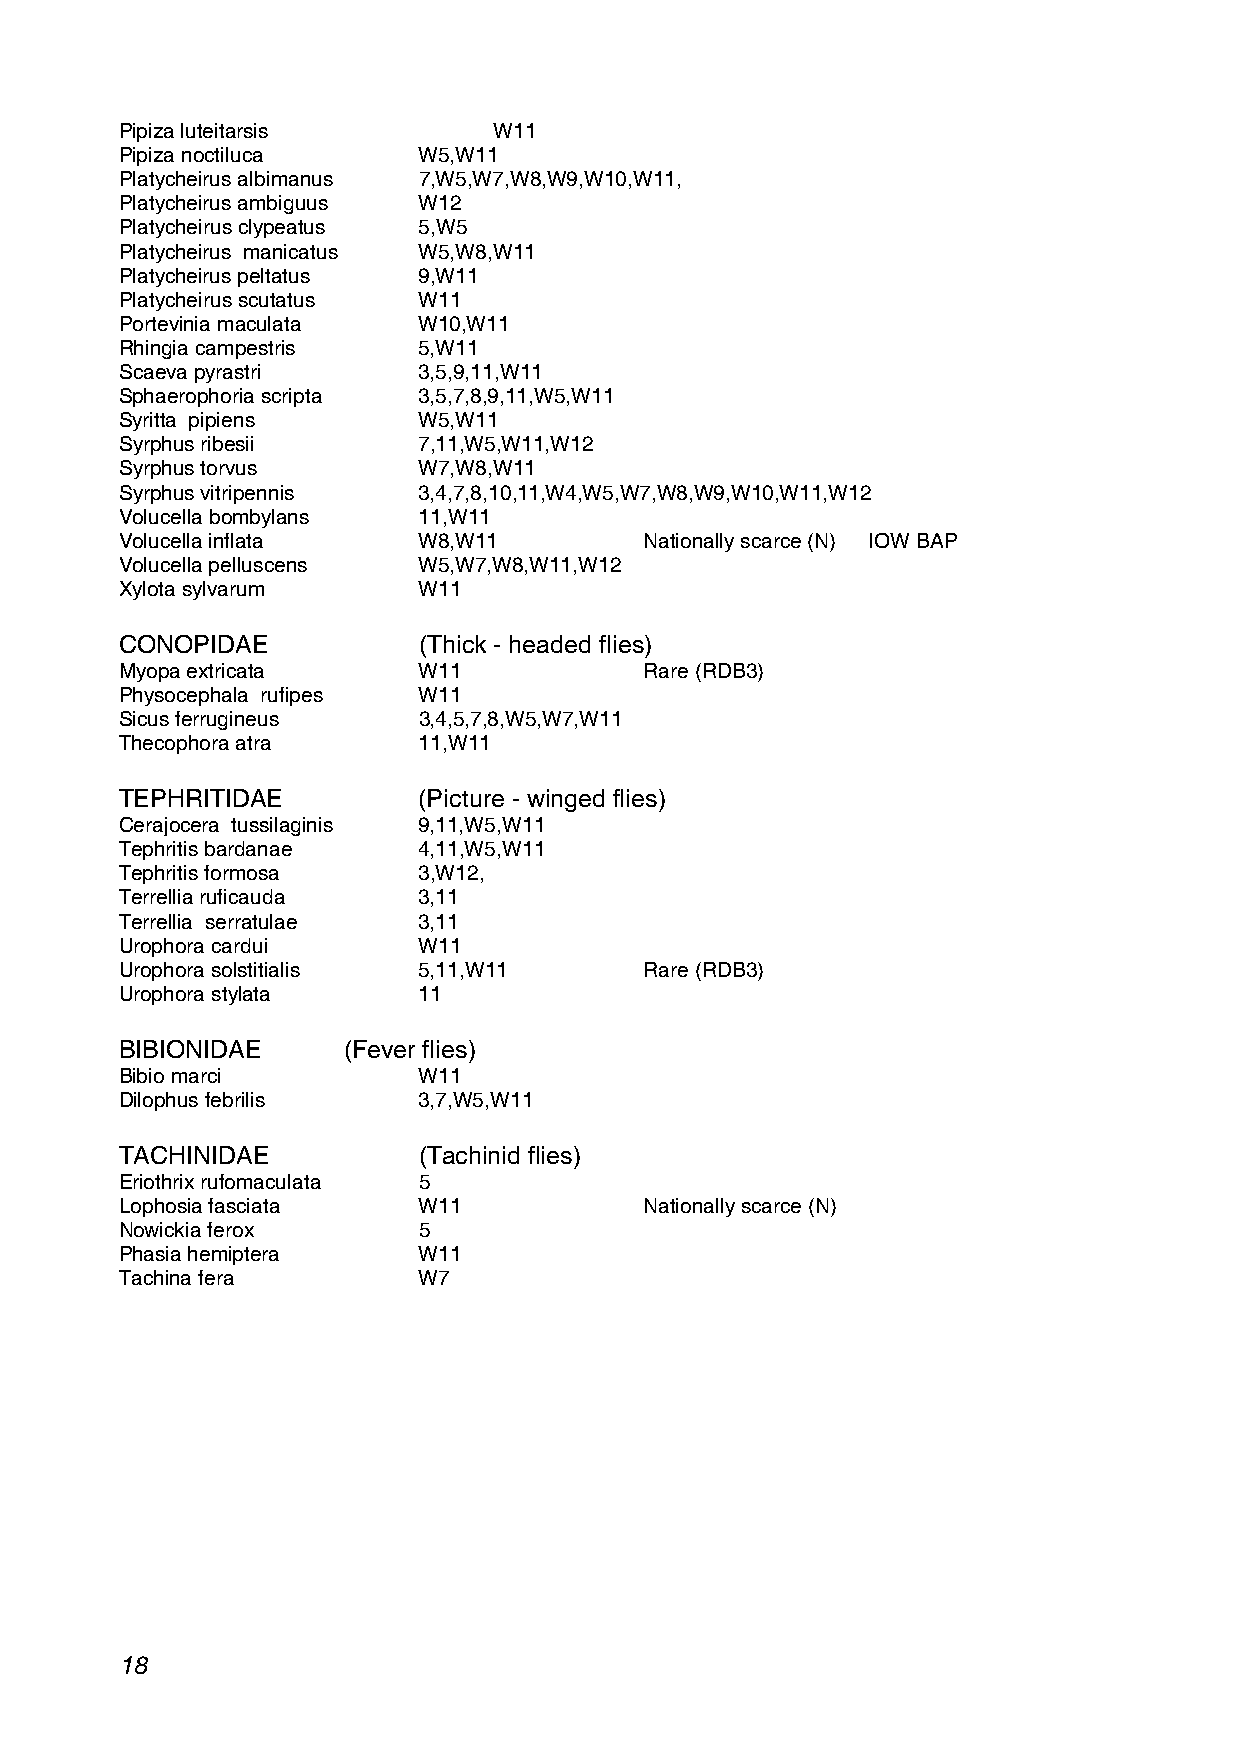
Pipiza luteitarsis       W11
 Pipiza noctiluca    W5,W11
 Platycheirus albimanus 7,W5,W7,W8,W9,W10,W11,
 Platycheirus ambiguus W12
 Platycheirus clypeatus 5,W5
 Platycheirus manicatus W5,W8,W11
 Platycheirus peltatus 9,W11
 Platycheirus scutatus W11
 Portevinia maculata W10,W11
 Rhingia campestris  5,W11
 Scaeva pyrastri     3,5,9,11,W11
 Sphaerophoria scripta 3,5,7,8,9,11,W5,W11
 Syritta pipiens     W5,W11
 Syrphus ribesii     7,11,W5,W11,W12
 Syrphus torvus      W7,W8,W11
 Syrphus vitripennis 3,4,7,8,10,11,W4,W5,W7,W8,W9,W10,W11,W12
 Volucella bombylans 11,W11
 Volucella inflata   W8,W11         Nationally scarce (N) IOW BAP
 Volucella pelluscens W5,W7,W8,W11,W12
 Xylota sylvarum     W11
 CONOPIDAE           (Thick - headed flies)
 Myopa extricata     W11            Rare (RDB3)
 Physocephala rufipes W11
 Sicus ferrugineus   3,4,5,7,8,W5,W7,W11
 Thecophora atra     11,W11
 TEPHRITIDAE         (Picture - winged flies)
 Cerajocera tussilaginis 9,11,W5,W11
 Tephritis bardanae  4,11,W5,W11
 Tephritis formosa   3,W12,
 Terrellia ruficauda 3,11
 Terrellia serratulae 3,11
 Urophora cardui     W11
 Urophora solstitialis 5,11,W11     Rare (RDB3)
 Urophora stylata    11
 BIBIONIDAE     (Fever flies)
 Bibio marci         W11
 Dilophus febrilis   3,7,W5,W11
 TACHINIDAE          (Tachinid flies)
 Eriothrix rufomaculata 5
 Lophosia fasciata   W11            Nationally scarce (N)
 Nowickia ferox      5
 Phasia hemiptera    W11
 Tachina fera        W7
 18